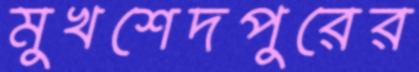
মুখশেদপুরের